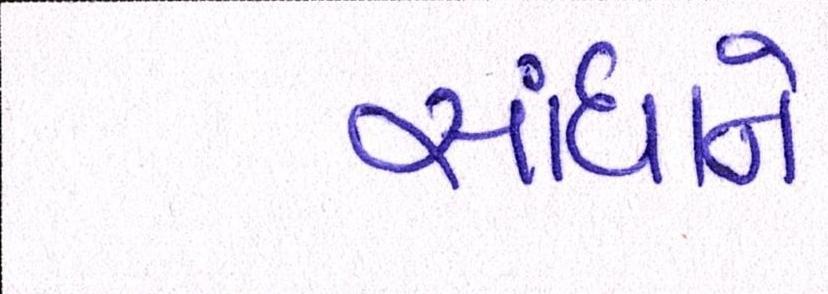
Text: સાંધાને